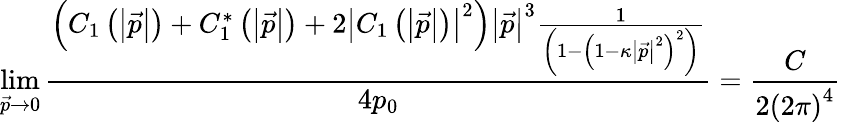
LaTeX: \operatorname*{lim}_{\vec{p}\rightarrow 0}\frac{\left(C_{1}\left(\left|\vec{p}\right|\right)+C_{1}^{*}\left(\left|\vec{p}\right|\right)+2\left|C_{1}\left(\left|\vec{p}\right|\right)\right|^{2}\right)\left|\vec{p}\right|^{3}\frac 1{\left(1-\left(1-\kappa\left|\vec{p}\right|^{2}\right)^{2}\right)}}{4p_{0}}=\frac C{2\left(2\pi\right)^{4}}